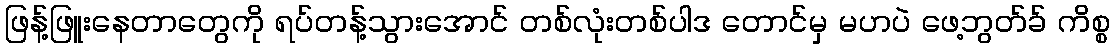
ဖြန့်ဖြူးနေတာတွေကို ရပ်တန့်သွားအောင် တစ်လုံးတစ်ပါဒ တောင်မှ မဟပဲ ဖေ့ဘွတ်ခ် ကိစ္စ